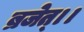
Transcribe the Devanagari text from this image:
ब्रजेत्।।